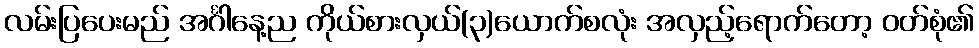
လမ်းပြပေးမည် အင်္ဂါနေ့ည ကိုယ်စားလှယ်(၃)ယောက်စလုံး အလှည့်ရောက်တော့ ဝတ်စုံ၏